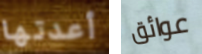
أعدتها عوائق